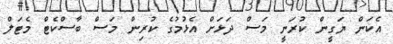
އެކަން ޔަގީން ކުރަނީ މަސް ދަޅަށް އެޅުމުގެ ކުރިން މަސް ބާސްކެޓް މެޓަލް